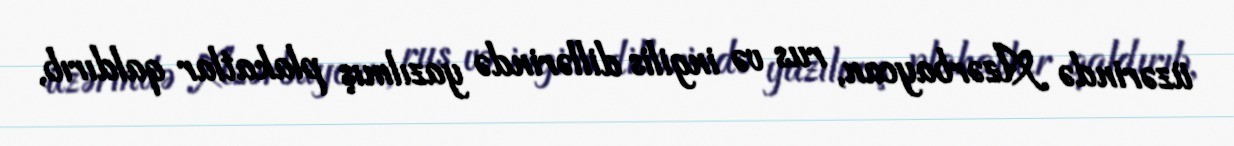
üzərində Azərbaycan, rus və ingilis dillərində yazılmış plakatlar qaldırıb,